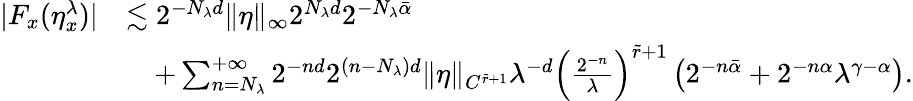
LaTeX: \begin{array}{rl}{|F_{x}(\eta_{x}^{\lambda})|}&{\lesssim 2^{-N_{\lambda}d}\| \eta\| _{\infty}2^{N_{\lambda}d}2^{-N_{\lambda}\bar{\alpha}}}\\ &{\quad+\sum_{n=N_{\lambda}}^{+\infty}2^{-nd}2^{(n-N_{\lambda})d}\| \eta\| _{C^{\tilde{r}+1}}\lambda^{-d}\left(\frac{2^{-n}}{\lambda}\right)^{\tilde{r}+1}\left(2^{-n\bar{\alpha}}+2^{-n\alpha}\lambda^{\gamma-\alpha}\right).}\end{array}